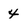
Character: 4